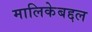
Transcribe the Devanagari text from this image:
मालिकेबद्दल